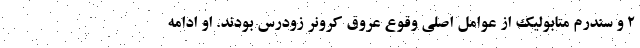
۲ و سندرم متابولیک از عوامل اصلی وقوع عروق کرونر زودرس بودند. او ادامه